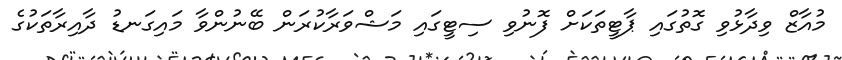
މުއާޒް ވިދާޅުވި ގޮތުގައި ޕާޓީތަކަށް ފޮނުވި ސިޓީގައި މަޝްވަރާކުރަން ބޭނުންވާ މައިގަނޑު ދާއިރާތަކުގެ